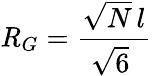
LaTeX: {\mathit{R}}_{G}={\frac{{\sqrt{N}}\, l}{{\sqrt{6}}\ }}